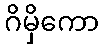
ဂိမှိကော